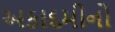
અકાદમીનો